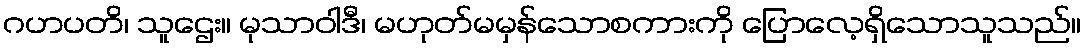
ဂဟပတိ၊ သူဌေး။ မုသာဝါဒီ၊ မဟုတ်မမှန်သောစကားကို ပြောလေ့ရှိသောသူသည်။